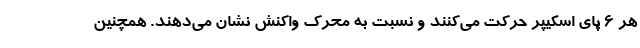
هر ۶ پای اسکیپر حرکت می‌کنند و نسبت به محرک واکنش نشان می‌دهند. همچنین